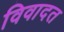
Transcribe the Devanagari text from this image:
विवादत